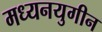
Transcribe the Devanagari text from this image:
मध्यनयुगीन